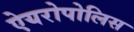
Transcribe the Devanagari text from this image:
ऐयरोपोलिस